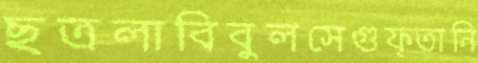
ছত্রলাবিবুলসেগুফ্তানি